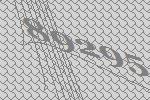
89295